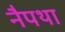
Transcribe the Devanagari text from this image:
नैपथा